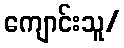
ကျောင်းသူ/